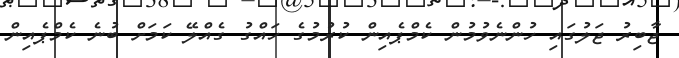
ޖާބިރު ޖަލުގައި ހުންނެވުމުން ކެމްޕެއިން ކުރުމުގެ ހައްގު ގެއްލޭ ކަމަށް ބުނެ ކެމްޕެއިން